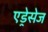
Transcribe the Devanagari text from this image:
एड्रेसेज